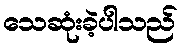
သေဆုံးခဲ့ပါသည်